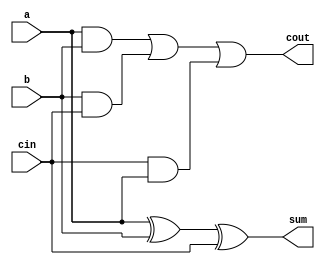
`timescale 1ns / 1ps
//////////////////////////////////////////////////////////////////////////////////
// Company: 
// Engineer: 
// 
// Design Name: 
// Module Name:    FA 
// Project Name: 
// Target Devices: 
// Tool versions: 
// Description: 
//
// Dependencies: 
//
// Revision: 
// Revision 0.01 - File Created
// Additional Comments: 
//
//////////////////////////////////////////////////////////////////////////////////
module FA(
    input a,
    input b,
    input cin,
    output sum,
    output cout
    );
assign sum =a^b^cin;
assign cout= a&b|b&cin|cin&a; 

endmodule